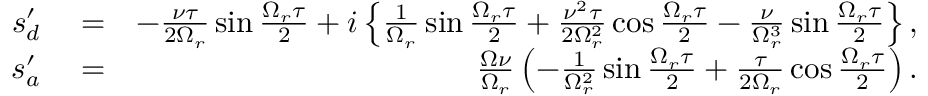
\begin{array} { r l r } { s _ { d } ^ { \prime } } & { { } = } & { - \frac { \nu \tau } { 2 \Omega _ { r } } \sin \frac { \Omega _ { r } \tau } { 2 } + i \left\{ \frac { 1 } { \Omega _ { r } } \sin \frac { \Omega _ { r } \tau } { 2 } + \frac { \nu ^ { 2 } \tau } { 2 \Omega _ { r } ^ { 2 } } \cos \frac { \Omega _ { r } \tau } { 2 } - \frac { \nu } { \Omega _ { r } ^ { 3 } } \sin \frac { \Omega _ { r } \tau } { 2 } \right\} , } \\ { s _ { a } ^ { \prime } } & { { } = } & { \frac { \Omega \nu } { \Omega _ { r } } \left( - \frac { 1 } { \Omega _ { r } ^ { 2 } } \sin \frac { \Omega _ { r } \tau } { 2 } + \frac { \tau } { 2 \Omega _ { r } } \cos \frac { \Omega _ { r } \tau } { 2 } \right) . } \end{array}